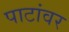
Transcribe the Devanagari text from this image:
पाटांवर